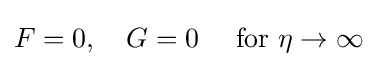
F=0,\quad G=0\quad {\text{ for }}\eta \rightarrow \infty